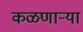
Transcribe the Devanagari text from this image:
कळणाऱ्या